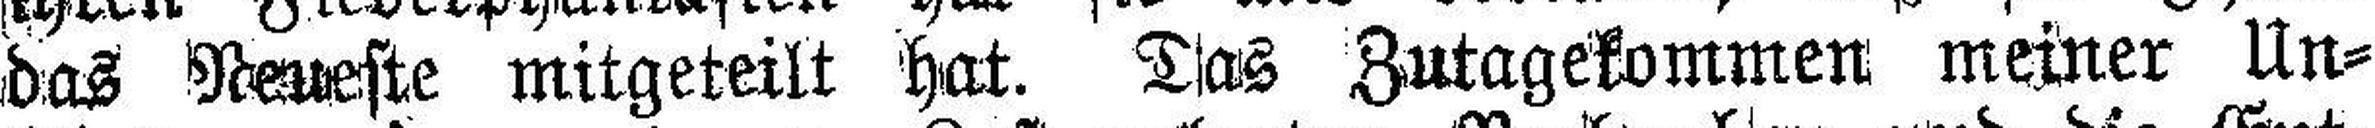
das Neueste mitgeteilt hat. Das Zutagekommen meiner Un¬